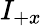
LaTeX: I_{+x}